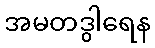
အမတဒွါရေန